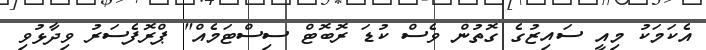
އެކަމަކު މިއީ ސައިޒުގެ ގޮތުން ވެސް ކުޑަ ރޮބޮޓް ސިސްޓަމެއް" ޕްރޮފެސަރު ވިދާޅުވި